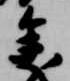
参